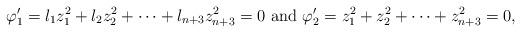
LaTeX: \begin{align*}\varphi_1'=l_1z_1^2+l_2z_2^2+\cdots+l_{n+3}z_{n+3}^2=0 \,\,{\rm and }\,\, \varphi_2'=z_1^2+z_2^2+\cdots+z_{n+3}^2=0,\end{align*}